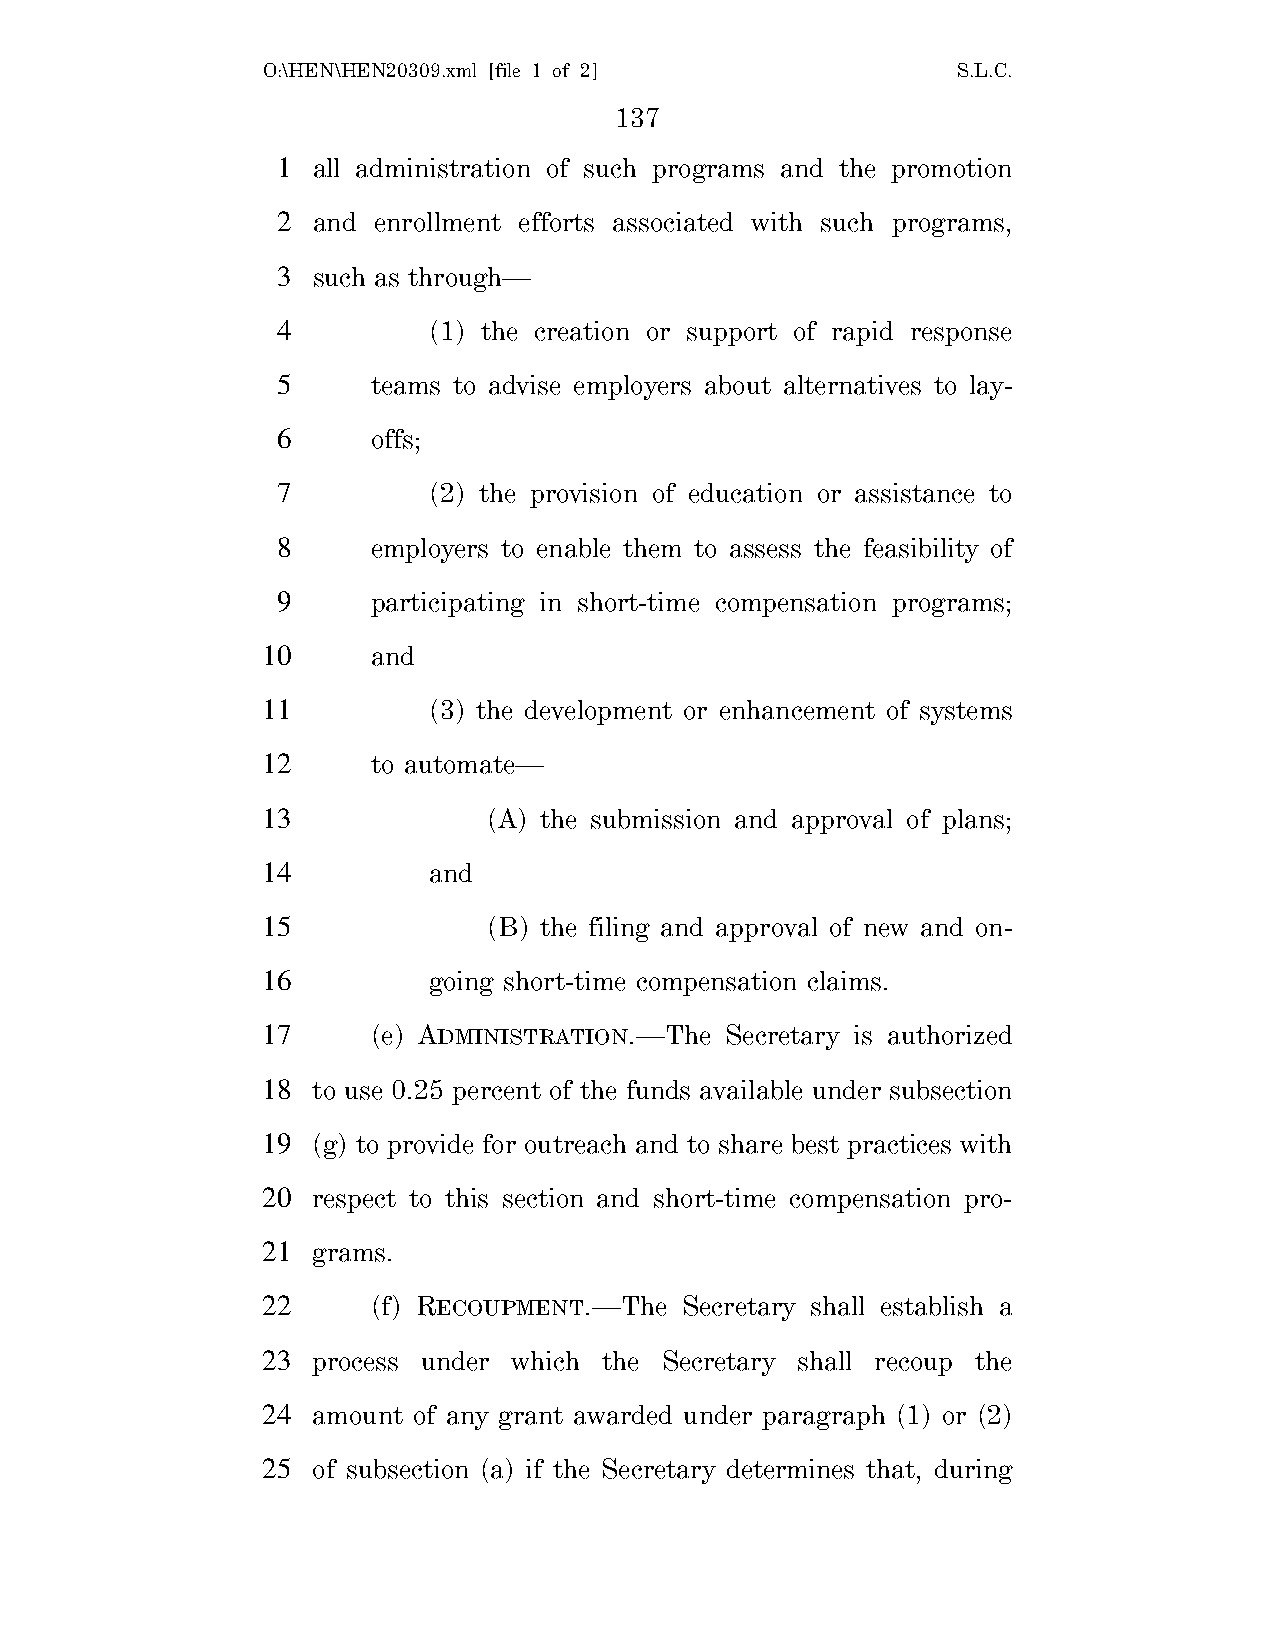
O:\HEN\HEN20309.xml [file 1 of 2]             S.L.C.
 137
 1  all administration of such programs and the promotion
 2  and enrollment efforts associated with such programs,
 3  such as through—
 4         (1) the creation or support of rapid response
 5      teams to advise employers about alternatives to lay-
 6      offs;
 7         (2) the provision of education or assistance to
 8      employers to enable them to assess the feasibility of
 9      participating in short-time compensation programs;
 10      and
 11         (3) the development or enhancement of systems
 12      to automate—
 13             (A) the submission and approval of plans;
 14         and
 15             (B) the filing and approval of new and on-
 16         going short-time compensation claims.
 17      (e) ADMINISTRATION.—The Secretary is authorized
 18  to use 0.25 percent of the funds available under subsection
 19  (g) to provide for outreach and to share best practices with
 20  respect to this section and short-time compensation pro-
 21  grams.
 22      (f) RECOUPMENT.—The Secretary shall establish a
 23  process under which the Secretary shall recoup the
 24  amount of any grant awarded under paragraph (1) or (2)
 25  of subsection (a) if the Secretary determines that, during